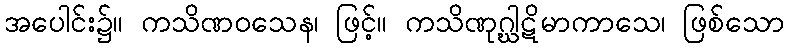
အပေါင်း၌။ ကသိဏဝသေန၊ ဖြင့်။ ကသိဏုဂ္ဃါဋိမာကာသေ၊ ဖြစ်သော